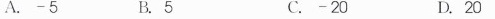
A.-5 B.5 C.-20 D.20